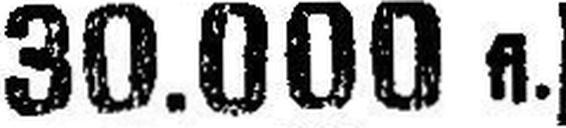
30.000 fl.